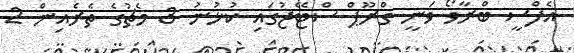
އެފްސީ ބްރާވޯ ވަނީ ގްރޫޕް ސްޓޭޖުގައި ކުޅުނު 3 މެޗުގެ ތެރެއިން 2